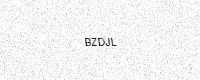
Text: BZDJL